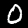
Label: 0